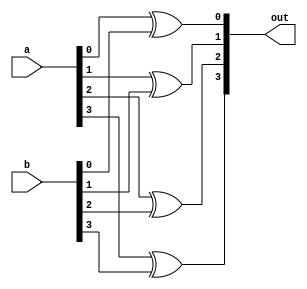
module _4bit_xor(a, b, out);

input [3:0] a, b;
output [3:0] out;

xor xor1(out[0], a[0], b[0]);
xor xor2(out[1], a[1], b[1]);
xor xor3(out[2], a[2], b[2]);
xor xor4(out[3], a[3], b[3]);

endmodule


module _16bit_xor(a, b, out);

input [15:0] a, b;
output [15:0] out;

_4bit_xor xor1( a[3:0], b[3:0], out[3:0]);
_4bit_xor xor2(a[7:4], b[7:4], out[7:4]);
_4bit_xor xor3(a[11:8], b[11:8], out[11:8]);
_4bit_xor xor4(a[15:12], b[15:12], out[15:12]);

endmodule